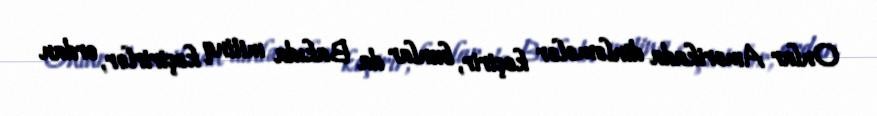
Onlar Amerikada dinləmələr keçirir, bunlar da Bakıda mitinq keçirirlər, ordan